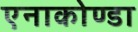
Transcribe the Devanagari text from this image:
एनाकोण्डा